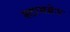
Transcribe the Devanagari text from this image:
स्टामग्रेन